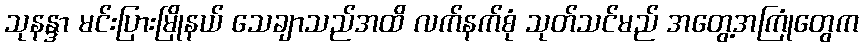
သုနန္ဒာ မင်းပြားမြိုနယ် သေချာသည်အထိ လက်နက်စုံ သုတ်သင်မည် အတွေ့အကြုံတွေက